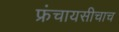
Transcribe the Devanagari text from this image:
फ्रंचायसीचाच